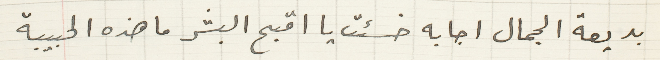
بديعة الجمال اجابه خسئت يا اقبح البشر ما هذه الحبيبة